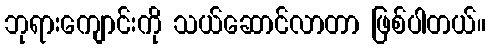
ဘုရားကျောင်းကို သယ်ဆောင်လာတာ ဖြစ်ပါတယ်။